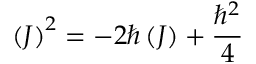
\left( J \right) ^ { 2 } = \mathbf { - } 2 \hbar \left( J \right) + \frac { \hbar ^ { 2 } } { 4 }